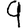
Digit: 9